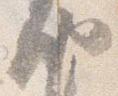
納